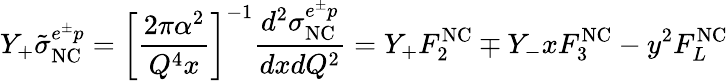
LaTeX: Y_{+}\tilde{\sigma}_{\mathrm{NC}}^{e^{\pm}p}=\left[\frac{2\pi\alpha^{2}}{Q^{4}x}\right]^{-1}\frac{d^{2}\sigma_{\mathrm{NC}}^{e^{\pm}p}}{dxdQ^{2}}=Y_{+}F_{2}^{\mathrm{NC}}\mp Y_{-}xF_{3}^{\mathrm{NC}}-y^{2}F_{L}^{\mathrm{NC}}